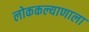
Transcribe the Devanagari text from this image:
लोककल्याणाला